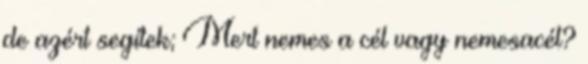
de azért segítek; Mert nemes a cél vagy nemesacél?